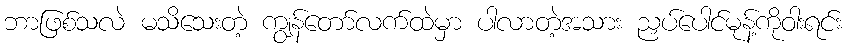
ဘာဖြစ်သလဲ မသိသေးတဲ့ ကျွန်တော်လက်ထဲမှာ ပါလာတဲ့အသား ညှပ်ပေါင်မုန့်ကိုဝါးရင်း